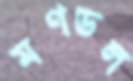
মণডল